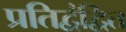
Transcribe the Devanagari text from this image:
प्रतिद्वंद्वित